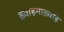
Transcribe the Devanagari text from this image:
ख़्वाहमाख़्वाह